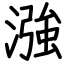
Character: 漒